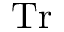
\mathrm { T r }